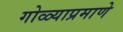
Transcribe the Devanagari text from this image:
गोळ्याप्रमाणे